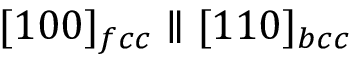
[ 1 0 0 ] _ { f c c } \parallel [ 1 1 0 ] _ { b c c }